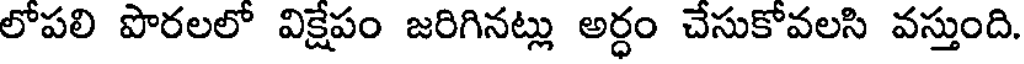
లోపలి పొరలలో విక్షేపం జరిగినట్లు అర్ధం చేసుకోవలసి వస్తుంది.